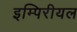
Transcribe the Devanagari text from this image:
इम्पिरीयल